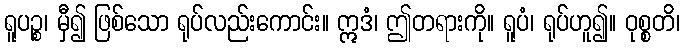
ရူပဉ္စ၊ မှီ၍ ဖြစ်သော ရုပ်လည်းကောင်း။ ဣဒံ၊ ဤတရားကို။ ရူပံ၊ ရုပ်ဟူ၍။ ဝုစ္စတိ၊